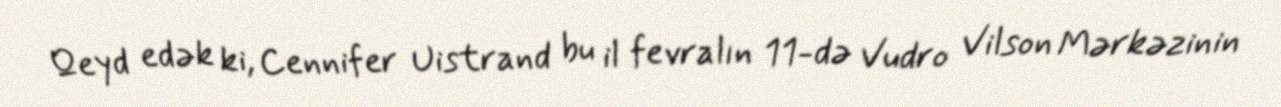
Qeyd edək ki, Cennifer Uistrand bu il fevralın 11-də Vudro Vilson Mərkəzinin